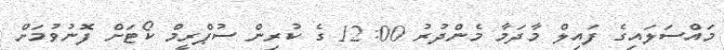
މައްސަލައިގެ ފައިލް މާދަމާ މެންދުރު 12:00 ގެ ކުރިން ސުޕްރީމް ކޯޓަށް ފޮނުވުމަށް